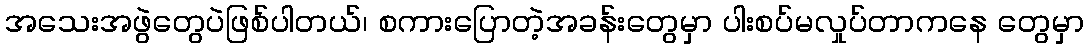
အသေးအဖွဲတွေပဲဖြစ်ပါတယ်၊ စကားပြောတဲ့အခန်းတွေမှာ ပါးစပ်မလှုပ်တာကနေ တွေမှာ